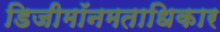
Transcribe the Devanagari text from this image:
डिजीमॉनमताधिकार